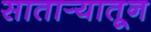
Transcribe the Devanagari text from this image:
सातार्‍यातून